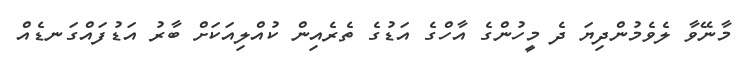
މާނޭވާ ލެވެމުންދިޔަ ދެ މީހުންގެ އާހްގެ އަޑުގެ ތެރެއިން ކުއްލިއަކަށް ބާރު އަޑުފައްގަނޑެއް